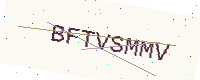
Text: BFTVSMMV